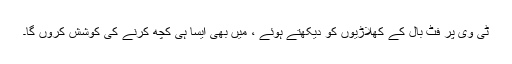
ٹی وی پر فٹ بال کے کھلاڑیوں کو دیکھتے ہوئے ، میں بھی ایسا ہی کچھ کرنے کی کوشش کروں گا۔